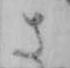
さ